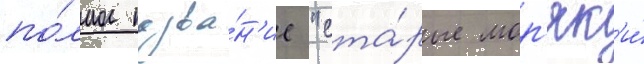
по́лное назва́н'ие "ста́рые мор'як'и́